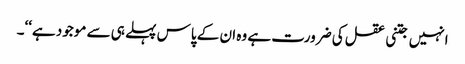
انہیں جتنی عقل کی ضرورت ہے وہ ان کے پاس پہلے ہی سے موجود ہے‘‘۔